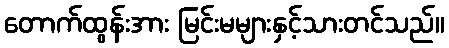
တောက်ထွန်းအား မြင်းမများနှင့်သားတင်သည်။